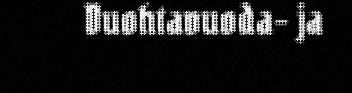
Duohtavuoda- ja